Indian journal of veterinary science and animal husbandry - Volume 4,
Year: 1934
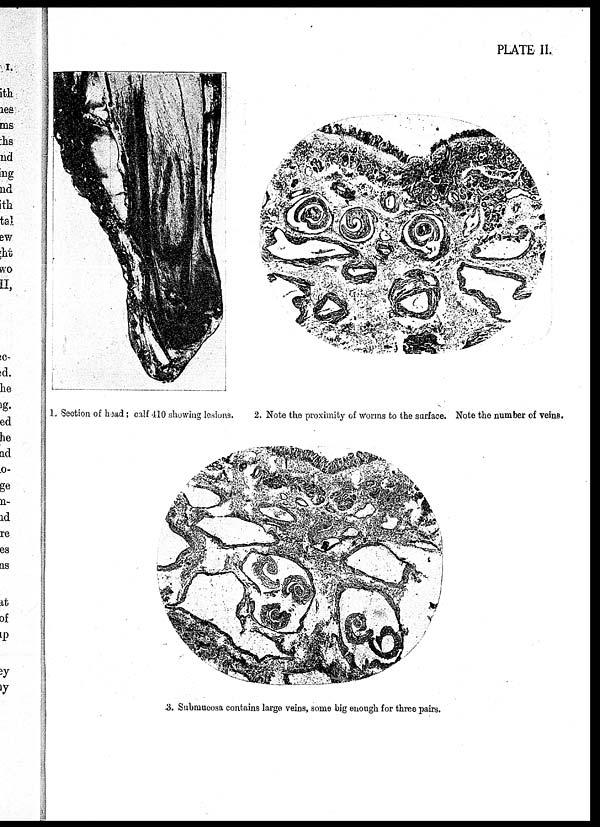
PLATE II.
1. Section of head ; calf 410 showing lesions.
2. Note the proximity of Worms to the surface. Note the number of veins.
3. Submucosa contains large veins, some big enough for three pairs.